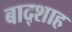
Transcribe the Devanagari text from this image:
बाद्शाह